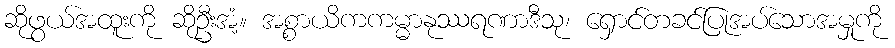
ဆိုဖွယ်အထူးကို ဆိုဦးအံ့။ အစ္စာယိကကမ္မာနုဿရဏာဒီသု၊ ရှောင်တခင်ပြုအပ်သောအမှုကို